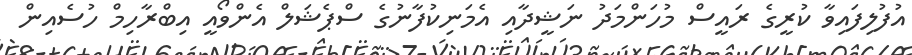
އުފުލިފައިވާ ކުރީގެ ރައީސް މުހަންމަދު ނަޝީދާއި އެމަނިކުފާނުގެ ސްޕެޝަލް އެންވޯއީ އިބްރާހިމް ހުސެއިން